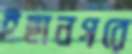
ইছানগরে